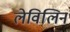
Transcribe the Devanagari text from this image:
लेविलिन